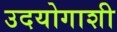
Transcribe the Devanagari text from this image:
उदयोगाशी